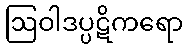
ဩဝါဒပ္ပဋိကရော